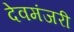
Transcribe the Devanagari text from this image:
देवमंजरी